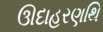
ઊદાહરણથિ